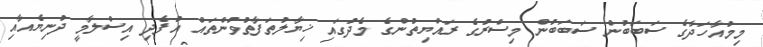
މިމުއާހަދާގެ ސަބަބުން ސަބަބުން މިސްރުގެ ރައްޔިތުންގެ މެދުގައި ޚިޔާލުތަފާތުވުންތައް އުފެދި އިސްލާމީ ދުނިޔެއާއި